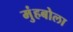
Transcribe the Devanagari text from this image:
मुंहबोला